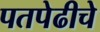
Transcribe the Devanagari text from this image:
पतपेढीचे